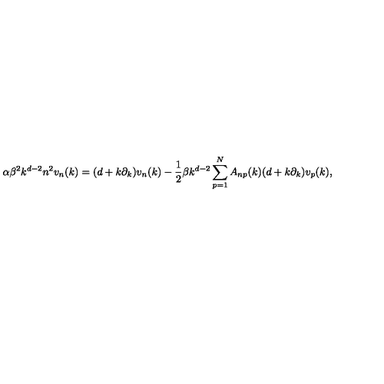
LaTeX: \alpha \beta ^ { 2 } k ^ { d - 2 } n ^ { 2 } v _ { n } ( k ) = ( d + k \partial _ { k } ) v _ { n } ( k ) - { \frac { 1 } { 2 } } \beta k ^ { d - 2 } \sum _ { p = 1 } ^ { N } A _ { n p } ( k ) ( d + k \partial _ { k } ) v _ { p } ( k ) ,